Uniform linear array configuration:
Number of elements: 8
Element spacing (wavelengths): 0.75
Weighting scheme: uniform
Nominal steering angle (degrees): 30
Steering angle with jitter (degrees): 29.934
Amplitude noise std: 0.05
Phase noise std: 0.05

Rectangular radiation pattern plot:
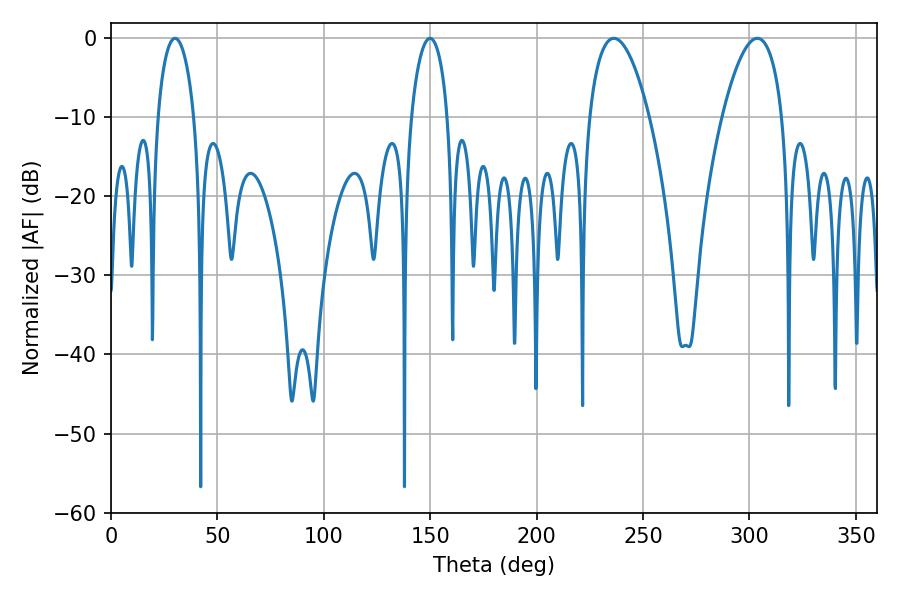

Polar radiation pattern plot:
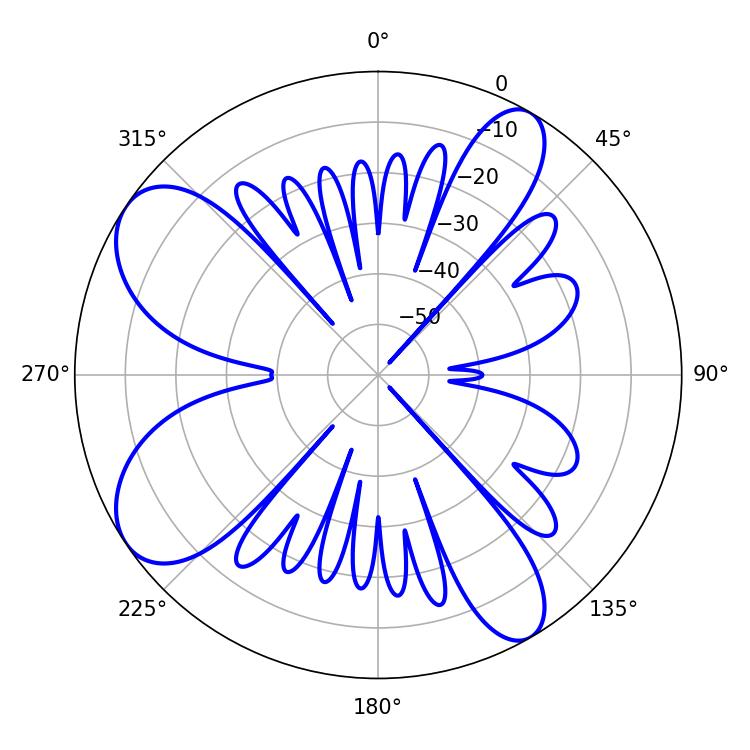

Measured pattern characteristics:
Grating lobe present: TRUE
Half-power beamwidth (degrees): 15.66
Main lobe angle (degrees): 303.66